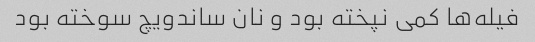
فیله‌ها کمی نپخته بود و نان ساندویچ سوخته بود